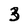
Character: 3